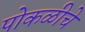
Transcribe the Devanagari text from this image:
पोकळीचे